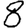
Digit: 8